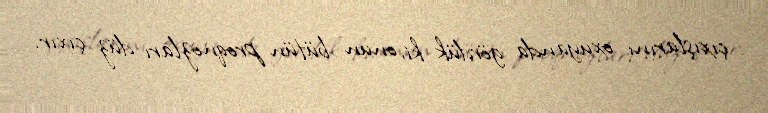
çıxışlarını oxuyanda gördük ki, onun bütün proqnozları düz çıxır.